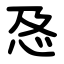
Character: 㤂